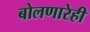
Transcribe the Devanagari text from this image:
बोलणारेही